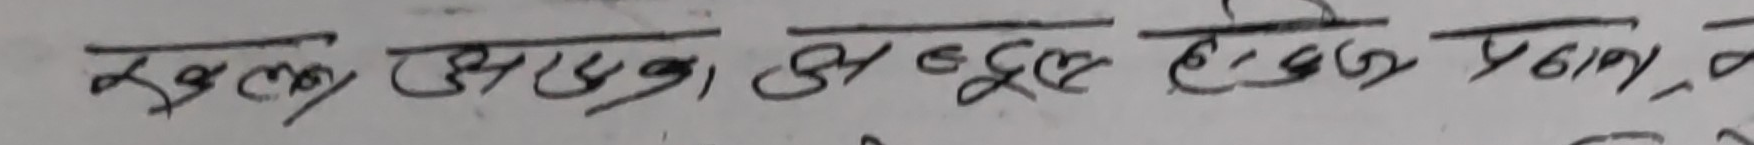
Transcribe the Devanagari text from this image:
खुल आप, भूले है, प्रणाम